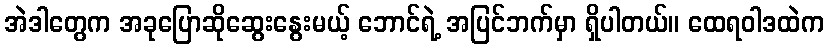
အဲဒါတွေက အခုပြောဆိုဆွေးနွေးမယ့် ဘောင်ရဲ့ အပြင်ဘက်မှာ ရှိပါတယ်။ ထေရဝါဒထဲက